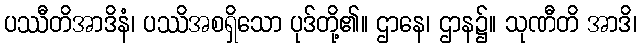
ပဿီတိအာဒိနံ၊ ပဿိအစရှိသော ပုဒ်တို့၏။ ဌာနေ၊ ဌာန၌။ သုဏီတိ အာဒိ၊